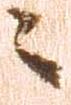
々